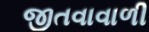
જીતવાવાળી